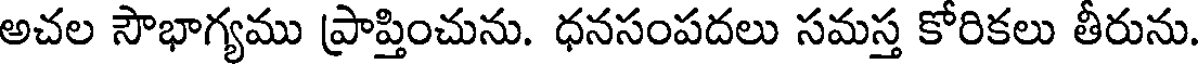
అచల సౌభాగ్యము ప్రాప్తించును. ధనసంపదలు సమస్త కోరికలు తీరును.